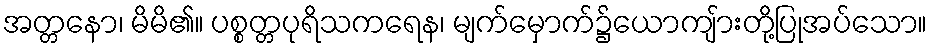
အတ္တနော၊ မိမိ၏။ ပစ္စတ္တပုရိသကရေန၊ မျက်မှောက်၌ယောကျ်ားတို့ပြုအပ်သော။